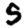
Digit: 5